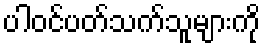
ပါဝင်ပတ်သက်သူများကို